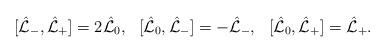
LaTeX: \begin{align*}[ \hat{\cal L}_{-},\hat{\cal L}_{+}] = 2\hat{\cal L}_0,\ \ [\hat{\cal L}_0, \hat{\cal L}_{-}]=-\hat{\cal L}_{-}, \ \ [\hat{\cal L}_0, \hat{\cal L}_{+}] = \hat{\cal L}_{+}. \end{align*}